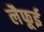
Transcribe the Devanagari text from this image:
लैफूई